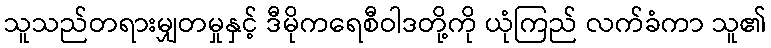
သူသည်တရားမျှတမှုနှင့် ဒီမိုကရေစီဝါဒတို့ကို ယုံကြည် လက်ခံကာ သူ၏